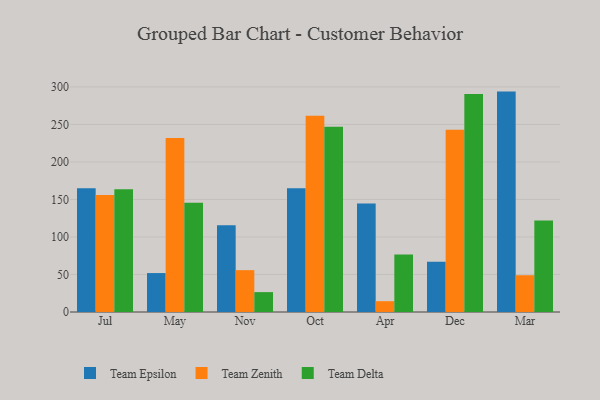
{"axis": {"x": "Month", "y": "Market Share (%)"}, "legend": ["Team Delta", "Team Epsilon", "Team Zenith"], "data": [{"x": "Jul", "y": 165.1, "type": "Team Epsilon"}, {"x": "Jul", "y": 156.0, "type": "Team Zenith"}, {"x": "Jul", "y": 163.5, "type": "Team Delta"}, {"x": "May", "y": 51.9, "type": "Team Epsilon"}, {"x": "May", "y": 232.1, "type": "Team Zenith"}, {"x": "May", "y": 145.7, "type": "Team Delta"}, {"x": "Nov", "y": 115.6, "type": "Team Epsilon"}, {"x": "Nov", "y": 55.8, "type": "Team Zenith"}, {"x": "Nov", "y": 26.5, "type": "Team Delta"}, {"x": "Oct", "y": 164.9, "type": "Team Epsilon"}, {"x": "Oct", "y": 261.5, "type": "Team Zenith"}, {"x": "Oct", "y": 246.8, "type": "Team Delta"}, {"x": "Apr", "y": 144.7, "type": "Team Epsilon"}, {"x": "Apr", "y": 14.4, "type": "Team Zenith"}, {"x": "Apr", "y": 76.8, "type": "Team Delta"}, {"x": "Dec", "y": 67.0, "type": "Team Epsilon"}, {"x": "Dec", "y": 242.8, "type": "Team Zenith"}, {"x": "Dec", "y": 290.7, "type": "Team Delta"}, {"x": "Mar", "y": 293.8, "type": "Team Epsilon"}, {"x": "Mar", "y": 49.0, "type": "Team Zenith"}, {"x": "Mar", "y": 122.0, "type": "Team Delta"}]}